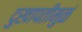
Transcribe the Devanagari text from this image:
दुखापतीमुळं